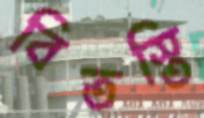
বিতস্তি